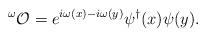
LaTeX: \begin{align*}^\omega {\cal O} =e^{i\omega (x)-i\omega (y)}\psi ^\dagger (x)\psi (y). \end{align*}